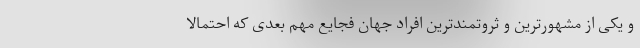
و یکی از مشهورترین و ثروتمندترین افراد جهان فجایع مهم بعدی که احتمالا